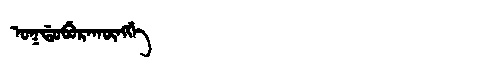
Manchu: ᠣᡴᡩᠣᠪᡠᡵᠠᡴᡡᠩᡤᡝ
Romanization: OKDOBURAKŪNGGE